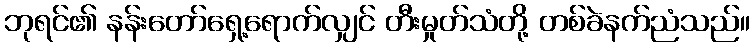
ဘုရင်၏ နန်းတော်ရှေ့ရောက်လျှင် တီးမှုတ်သံတို့ တစ်ခဲနက်ညံသည်။